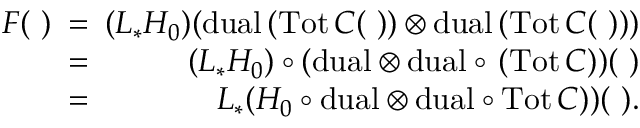
\begin{array} { r l r } { F ( \ ) \! \! \! } & { = } & { \! \! \! ( L _ { * } H _ { 0 } ) ( \mathrm { d u a l } \, ( \mathrm { T o t } \, C ( \ ) ) \otimes \mathrm { d u a l } \, ( \mathrm { T o t } \, C ( \ ) ) ) } \\ { \! \! \! } & { = } & { \! \! \! ( L _ { * } H _ { 0 } ) \circ ( \mathrm { d u a l } \otimes \mathrm { d u a l } \circ \, ( \mathrm { T o t } \, C ) ) ( \ ) } \\ { \! \! \! } & { = } & { \! \! \! L _ { * } ( H _ { 0 } \circ \mathrm { d u a l } \otimes \mathrm { d u a l } \circ \mathrm { T o t } \, C ) ) ( \ ) . } \end{array}